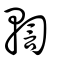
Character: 輷